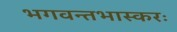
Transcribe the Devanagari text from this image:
भगवन्तभास्करः